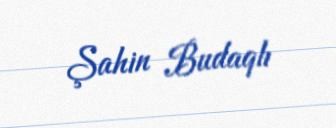
Şahin Budaqlı